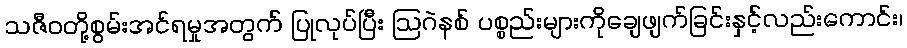
သဇီဝတို့စွမ်းအင်ရမှုအတွက် ပြုလုပ်ပြီး ဩဂဲနစ် ပစ္စည်းများကိုချေဖျက်ခြင်းနှင့်လည်းကောင်း၊